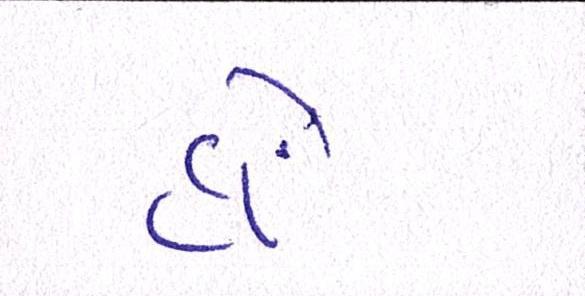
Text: હોં